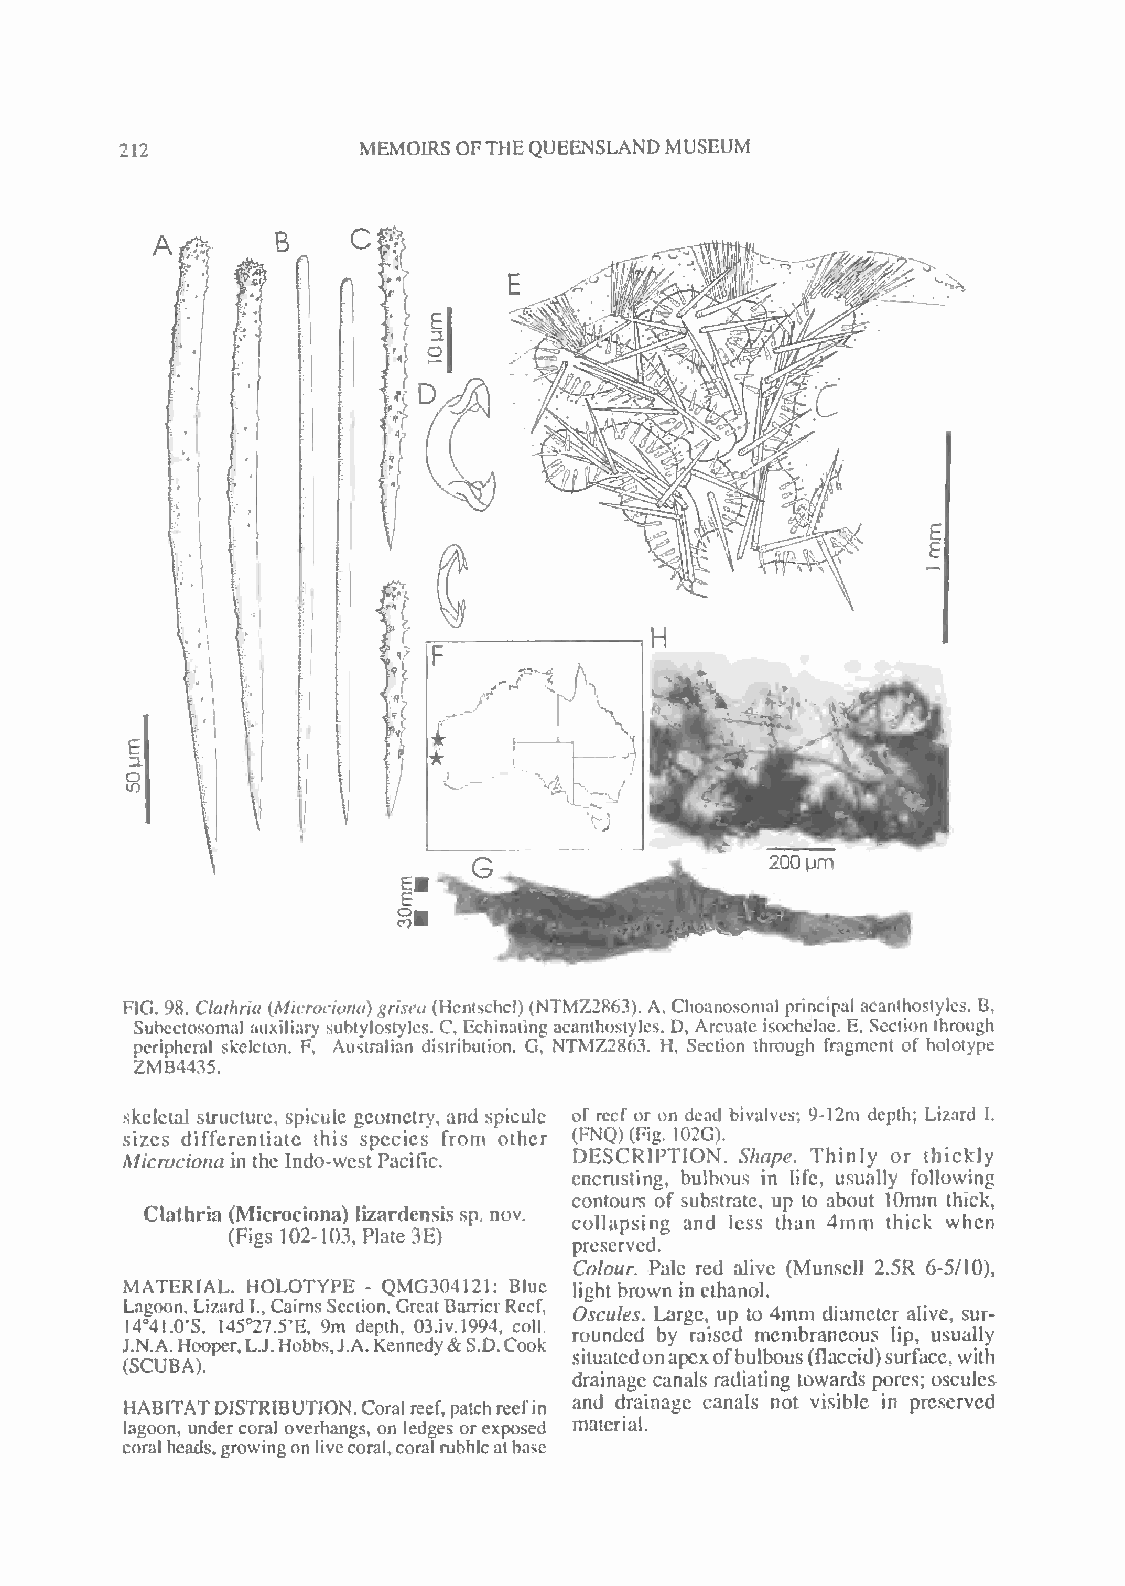
212
 MEMOIRS OFTHEQUEENSLAND MUSEUM
 CS'A
 H
 F
 I)
 i       r
 1              5
 .
 - "  \£.  <"'
 y
 200 urn
 FIG. 98. Clathrui {Microciona)grisea (Hentschcl) (NTMZ2863). A, Choanosomal pnncipa! aeanthostylcs. B,
 Subectosomal auxiliary sublylostyles. C, Echinating acanthostyles. D, Arcuate isochelae. E, Section through
 peripheral skeleton. F, Australian distribution. G, NTMZ2863. H, Section through fragment of holotype
 ZMB4435.
 skeletal structure, spicule geometry, and spicule of reef or on dead bivalves; 9-12m depth: Lizard I.
 sizes differentiate this species from other (FNQ) (Fig. 102G).
 Microciona in the Indo-west Pacific. DESCRIPTION. Shape. Thinly or thickly
 encrusting, bulbous in life, usually following
 contours of substrate, up to about 10mm thick,
 Clathria (Microciona) lizardensis sp, nov, collapsing and less than 4mm thick when
 (Figs 102-103, Plate 3E)
 preserved.
 Colour. Pale red alive (Munsell 2.5R 6-5/10),
 MATERIAL. HOLOTYPE - QMG304121: Blue light brown in ethanol.
 Lagoon, LizardI., Cairns Section,GreatBarrierReef, Oscules. Large, up to 4mm diameter alive, sur-
 J
 (1 .4 SN° C.4 UA1
 .
 B.0 AH' )oS .o, pe1 r4 ,5° L.2 J7 ..5 H' oE b. bs9 ,m J.Ad .ep Kt eh n, ne03 d. yiv &.1 S9 .9 D4 ., Cc oo oll k. r sio tu un ad tee dd onby apera xi os fed bum lbe om ub sr (a fn lae co cu ids )sl ui rp f, acu es ,u wa il tl hy
 drainage canals radiating towards pores; oscules
 HABITATDISTRIBUTION.Coral reef,patchreefin and drainage canals not visible in preserved
 lagoon, under coral overhangs, on ledges or exposed material.
 coralheads,growingon livecoral,coralrubbleatbase